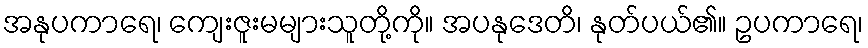
အနုပကာရေ၊ ကျေးဇူးမများသူတို့ကို။ အပနုဒေတိ၊ နုတ်ပယ်၏။ ဥပကာရေ၊